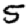
Digit: 5